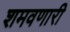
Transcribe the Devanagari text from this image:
शमवणारी